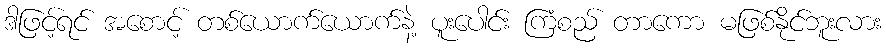
ဒါဖြင့်ရင် အစောင့် တစ်ယောက်ယောက်နဲ့ ပူးပေါင်း ကြံစည် တာကော မဖြစ်နိုင်ဘူးလား